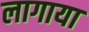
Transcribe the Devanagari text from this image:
लागाया